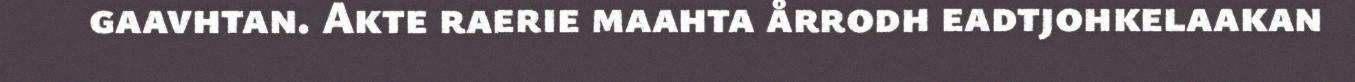
gaavhtan. Akte raerie maahta årrodh eadtjohkelaakan